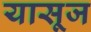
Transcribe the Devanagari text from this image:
यासूज